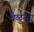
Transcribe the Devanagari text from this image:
वळूला